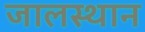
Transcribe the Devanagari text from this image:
जालस्थान